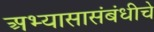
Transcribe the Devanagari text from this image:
अभ्यासासंबंधीचे